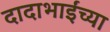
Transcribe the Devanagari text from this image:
दादाभाईंच्या